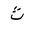
Letter: _tha